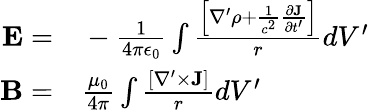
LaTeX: \begin{array}{rl}{{\mathbf E}=}&{{}-\frac{1}{4\pi\epsilon_{0}}\int\frac{\left[\nabla^{\prime}\rho+\frac{1}{c^{2}}\frac{\partial{\mathbf J}}{\partial t^{\prime}}\right]}{r}dV^{\prime}}\\ {{\mathbf B}=}&{{}\frac{\mu_{0}}{4\pi}\int\frac{[\nabla^{\prime}\times{\mathbf J}]}{r}dV^{\prime}}\end{array}